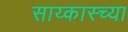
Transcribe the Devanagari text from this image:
साय्कास्च्या